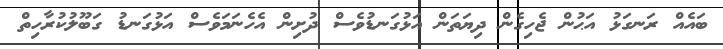
ބައެއް ރަނގަޅު އަޙުން ޖެހިގެން ދިޔަތަން އަޅުގަނޑުވެސް ދުށިން އެހެނަމަވެސް އަޅުގަނޑު ގަބޫލުކުރާހިތް